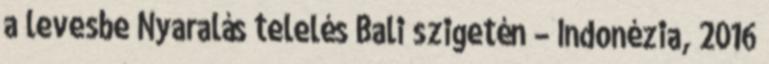
a levesbe Nyaralás telelés Bali szigetén – Indonézia, 2016